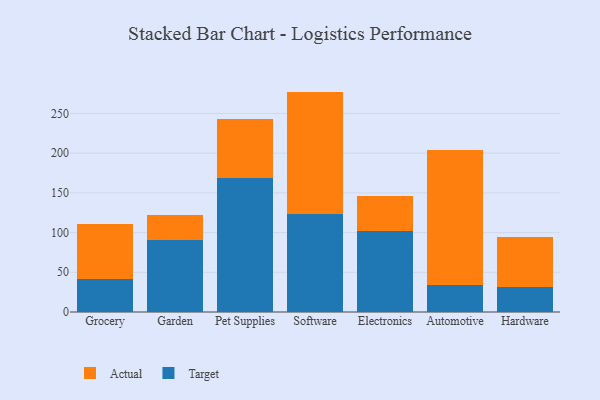
{"axis": {"x": "Category", "y": "Revenue (USD Million)"}, "legend": ["Actual", "Target"], "data": [{"x": "Grocery", "y": 41.3, "type": "Target"}, {"x": "Grocery", "y": 69.4, "type": "Actual"}, {"x": "Garden", "y": 90.8, "type": "Target"}, {"x": "Garden", "y": 31.6, "type": "Actual"}, {"x": "Pet Supplies", "y": 168.9, "type": "Target"}, {"x": "Pet Supplies", "y": 74.2, "type": "Actual"}, {"x": "Software", "y": 123.3, "type": "Target"}, {"x": "Software", "y": 154.2, "type": "Actual"}, {"x": "Electronics", "y": 102.5, "type": "Target"}, {"x": "Electronics", "y": 44.1, "type": "Actual"}, {"x": "Automotive", "y": 34.0, "type": "Target"}, {"x": "Automotive", "y": 169.6, "type": "Actual"}, {"x": "Hardware", "y": 31.5, "type": "Target"}, {"x": "Hardware", "y": 62.7, "type": "Actual"}]}